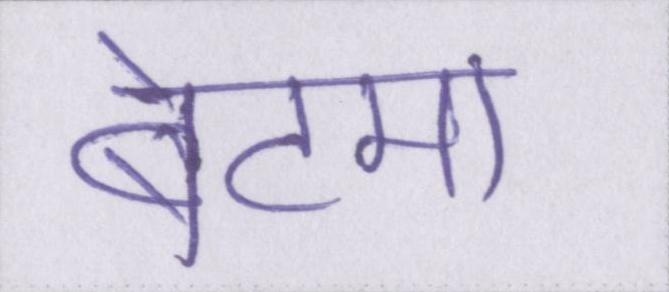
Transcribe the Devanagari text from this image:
बेटमा